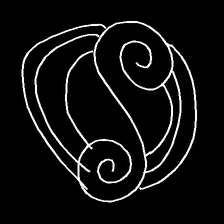
Glyph: wind-underfoot